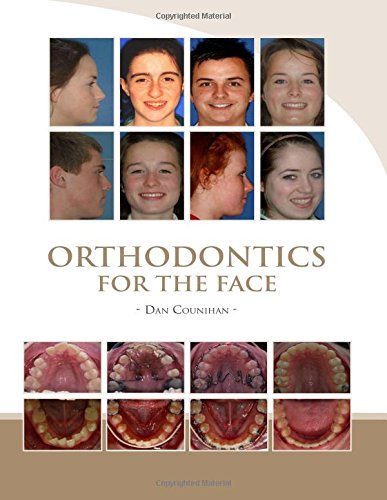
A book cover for Orthodontics For The Face; Dr Dan Counihan; Medical Books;